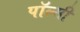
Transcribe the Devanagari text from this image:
पॉल्सी